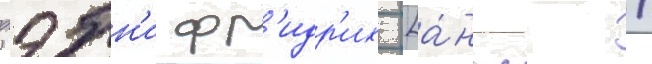
дэбн'и фр'идр'их [а́нгл. /